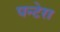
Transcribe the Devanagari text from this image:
पन्टेरा